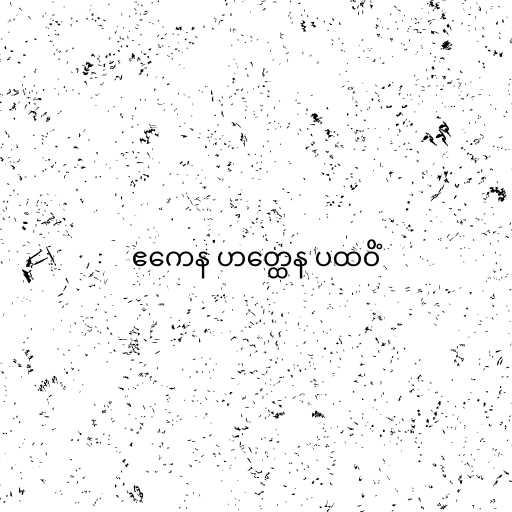
ဧကေန ဟတ္ထေန ပထဝိံ